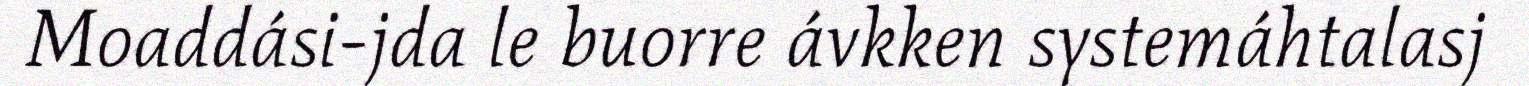
Moaddási-jda le buorre ávkken systemáhtalasj